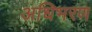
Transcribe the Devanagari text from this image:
अधिभरण